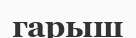
гарыш